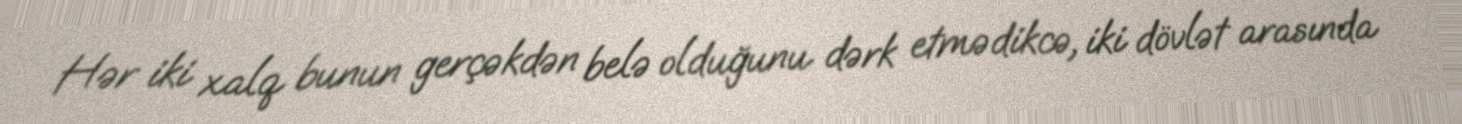
Hər iki xalq bunun gerçəkdən belə olduğunu dərk etmədikcə, iki dövlət arasında